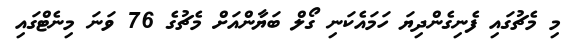
މި މެޗުގައި ފެނިގެންދިޔަ ހަމައެކަނި ގޯލް ބަޔާންއަށް މެޗުގެ 76 ވަނަ މިނެޓްގައި